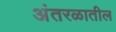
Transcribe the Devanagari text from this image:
अंतरळातील